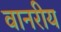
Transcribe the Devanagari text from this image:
वानरीय